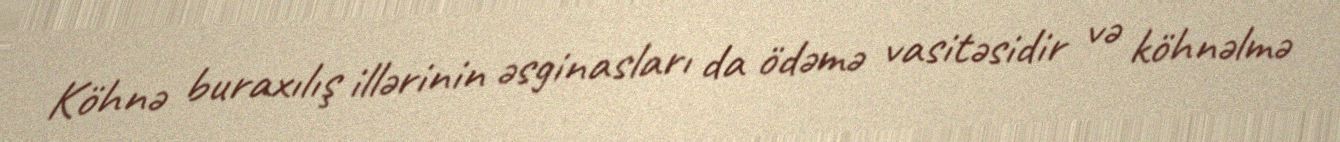
Köhnə buraxılış illərinin əsginasları da ödəmə vasitəsidir və köhnəlmə